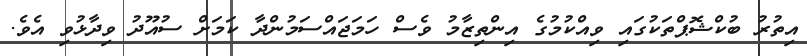
އިތުރު ބުކްޝޮޕްތަކުގައި ވިއްކުމުގެ އިންތިޒާމު ވެސް ހަމަޖައްސަމުންދާ ކަމަށް ސުއޫދު ވިދާޅުވި އެވެ.